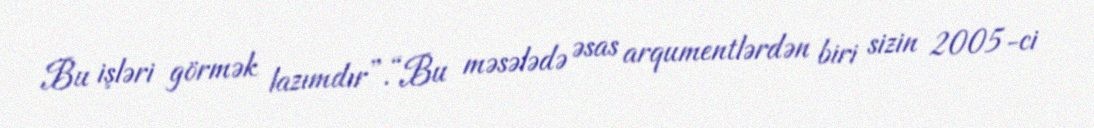
Bu işləri görmək lazımdır”.“Bu məsələdə əsas arqumentlərdən biri sizin 2005-ci